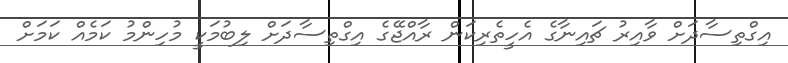
އިގްތިސާދަށް ވާއިރު ޗައިނާގެ އެހީތެރިކަން ރާއްޖޭގެ އިގްތިސާދަށް ލިބުމަކީ މުހިންމު ކަމެއް ކަމަށް